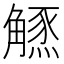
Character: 𧤲